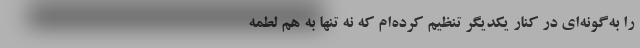
را به‌گونه‌ای در کنار یکدیگر تنظیم کرده‌ام که نه تنها به هم لطمه